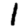
Digit: 1